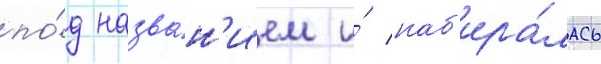
по́д назва́н'ием и́ наб'ира́лась